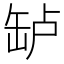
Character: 𬙎